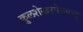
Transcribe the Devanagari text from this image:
कुलशेखरपेरुमाल्